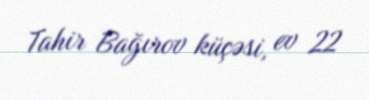
Tahir Bağırov küçəsi, ev 22